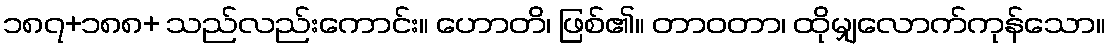
၁၈၇+၁၈၈+ သည်လည်းကောင်း။ ဟောတိ၊ ဖြစ်၏။ တာဝတာ၊ ထိုမျှလောက်ကုန်သော။